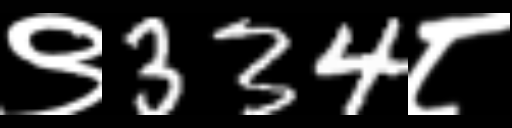
Text: ९334८